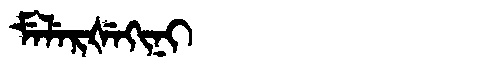
Manchu: ᠮᡝᠯᡝᡵᡧᡝᡴᡳᠨᡳ
Romanization: MELERŠEKINI